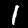
Label: 1